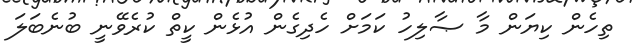
ތިހެން ކިޔަން މާ ޞާލިހު ކަމަށް ހެދިގެން އުޅެން ކީތް ކުރެވޭނީ ބުނެބަލަ